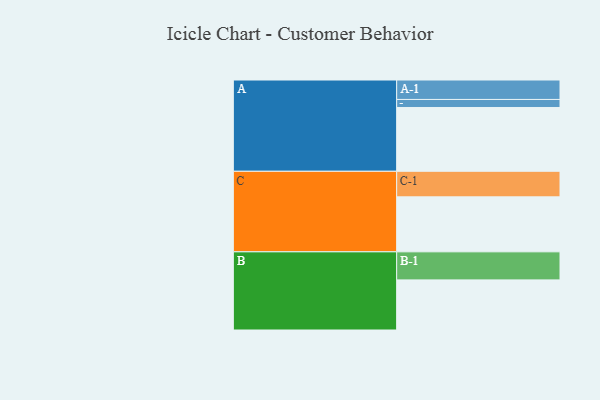
{"axis": {"x": "Segment", "y": "Value"}, "legend": ["", "A", "B", "C"], "data": [{"x": "A", "y": 564, "type": ""}, {"x": "B", "y": 443, "type": ""}, {"x": "C", "y": 486, "type": ""}, {"x": "A-1", "y": 172, "type": "A"}, {"x": "A-2", "y": 71, "type": "A"}, {"x": "B-1", "y": 248, "type": "B"}, {"x": "C-1", "y": 226, "type": "C"}]}